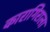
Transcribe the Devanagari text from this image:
कारागिराला